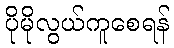
ပိုမိုလွယ်ကူစေရန်